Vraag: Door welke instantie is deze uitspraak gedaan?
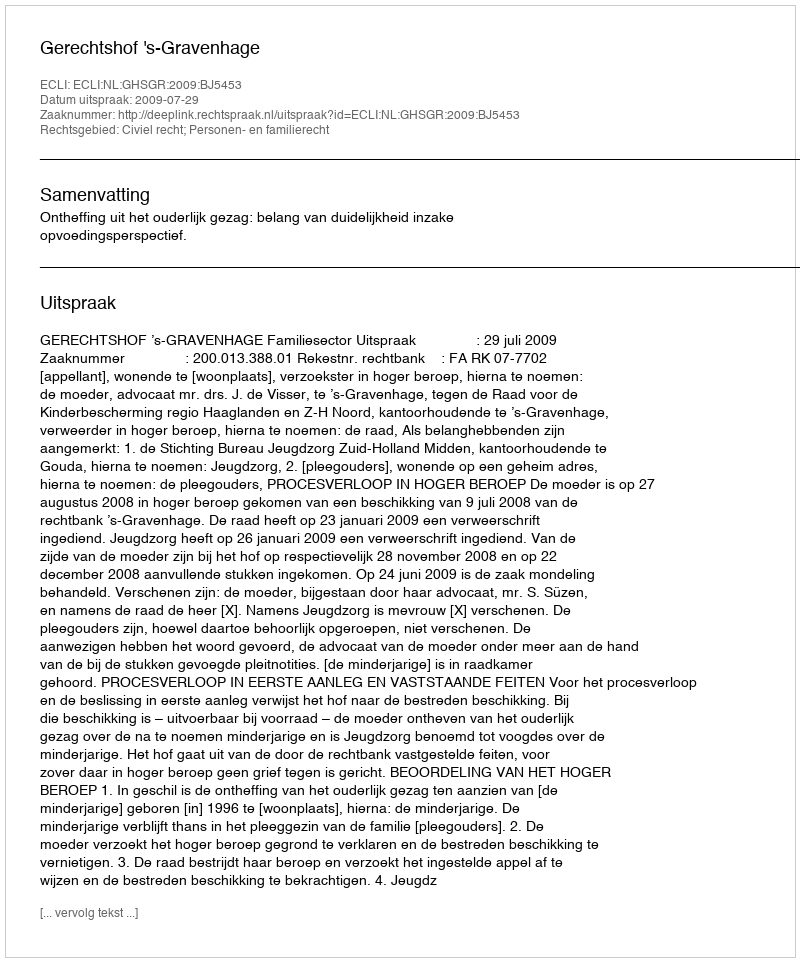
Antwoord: Gerechtshof 's-Gravenhage